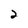
Character: 2